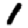
Digit: 1